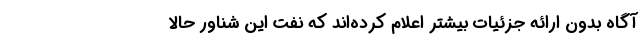
آگاه بدون ارائه جزئیات بیشتر اعلام کرده‌اند که نفت این شناور حالا